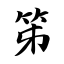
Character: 笫